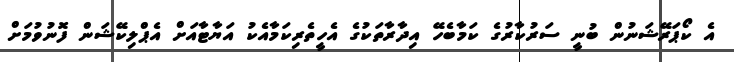
އެ ކޯޕަރޭޝަނުން ބުނީ ސަރުކާރުގެ ކަމާބެހޭ އިދާރާތަކުގެ އެހީތެރިކަމާއެކު އަޔާޓާއަށް އެޕްލިކޭޝަން ފޮނުވުމަށް